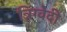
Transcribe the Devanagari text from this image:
त्रिग्वेदी